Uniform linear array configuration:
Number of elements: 8
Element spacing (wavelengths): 0.75
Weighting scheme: hamming
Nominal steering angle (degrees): -60
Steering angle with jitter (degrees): -58.259
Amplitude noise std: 0.05
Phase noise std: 0.05

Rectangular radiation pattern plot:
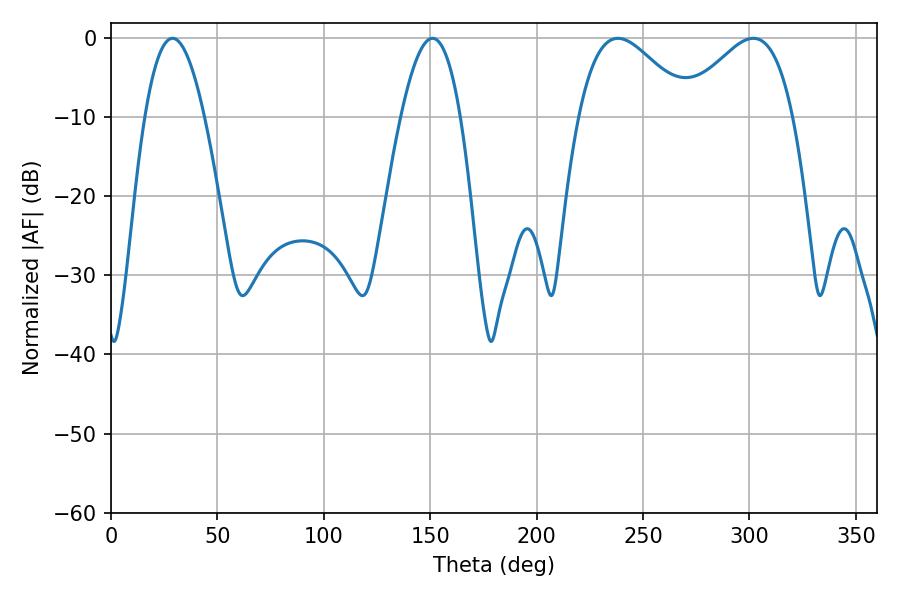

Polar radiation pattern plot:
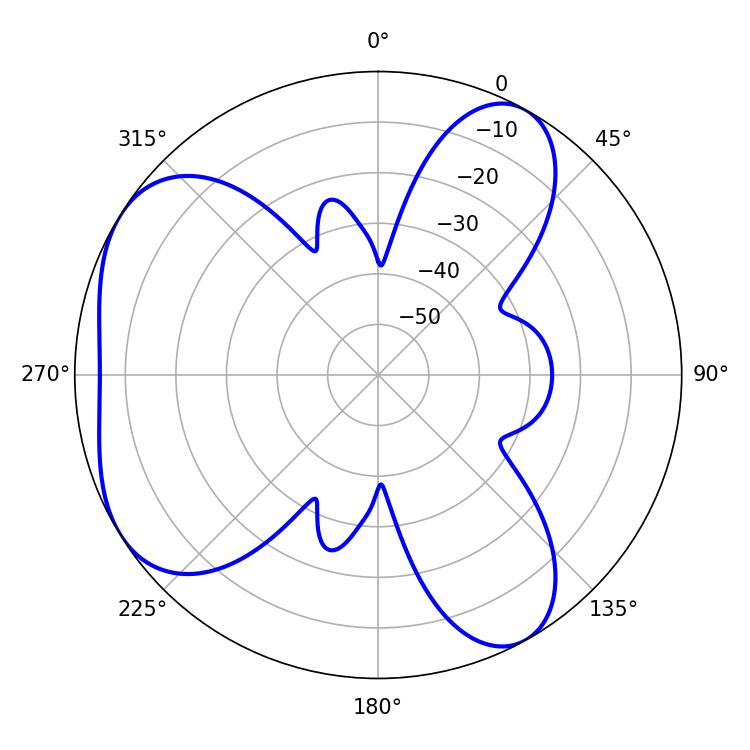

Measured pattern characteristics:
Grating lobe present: TRUE
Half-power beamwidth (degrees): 28.08
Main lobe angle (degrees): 238.14